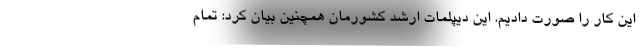
این کار را صورت دادیم. این دیپلمات ارشد کشورمان همچنین بیان کرد: تمام